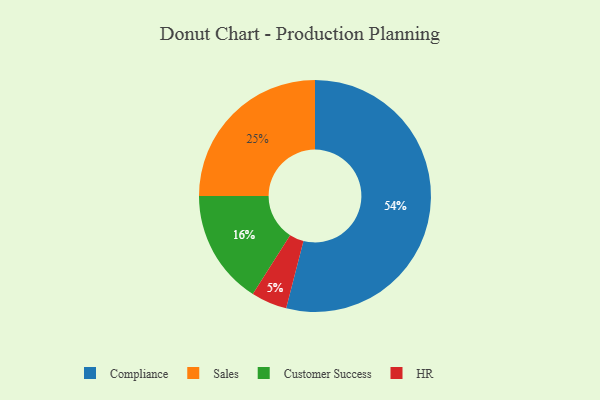
{"axis": {"x": "Category", "y": "Percentage"}, "legend": ["Compliance", "Customer Success", "HR", "Sales"], "data": [{"x": "Compliance", "y": 54, "type": "Compliance"}, {"x": "HR", "y": 5, "type": "HR"}, {"x": "Sales", "y": 25, "type": "Sales"}, {"x": "Customer Success", "y": 16, "type": "Customer Success"}]}